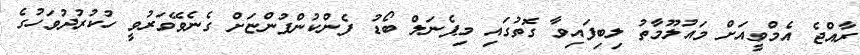
ރާއްޖެ އެމްވީއަށް މައުލޫމާތު ލިބިފައިވާ ގޮތުގައި މިޕެނަލް ބޯޑު ފެންކުންފުންޏަށް ގެނެވޭވަރުވީ ހުކުރުދުވަހުގެ